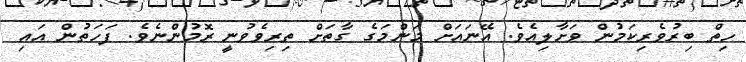
ހިތް ބިރުވެރިކަމުން ވަށާލިއެވެ. އޭނައަށް މަންމަގެ ގާތަށް ތިރިވެވުނީ ރޮމުންނެވެ. ފަހަތުން އައި